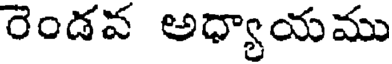
రెండవ అధ్యాయము